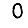
Digit: 0